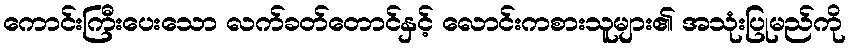
ကောင်းကြီးပေးသော လက်ခတ်တောင်နှင့် လောင်းကစားသူများ၏ အသုံးပြုမည်ကို